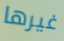
غيرها